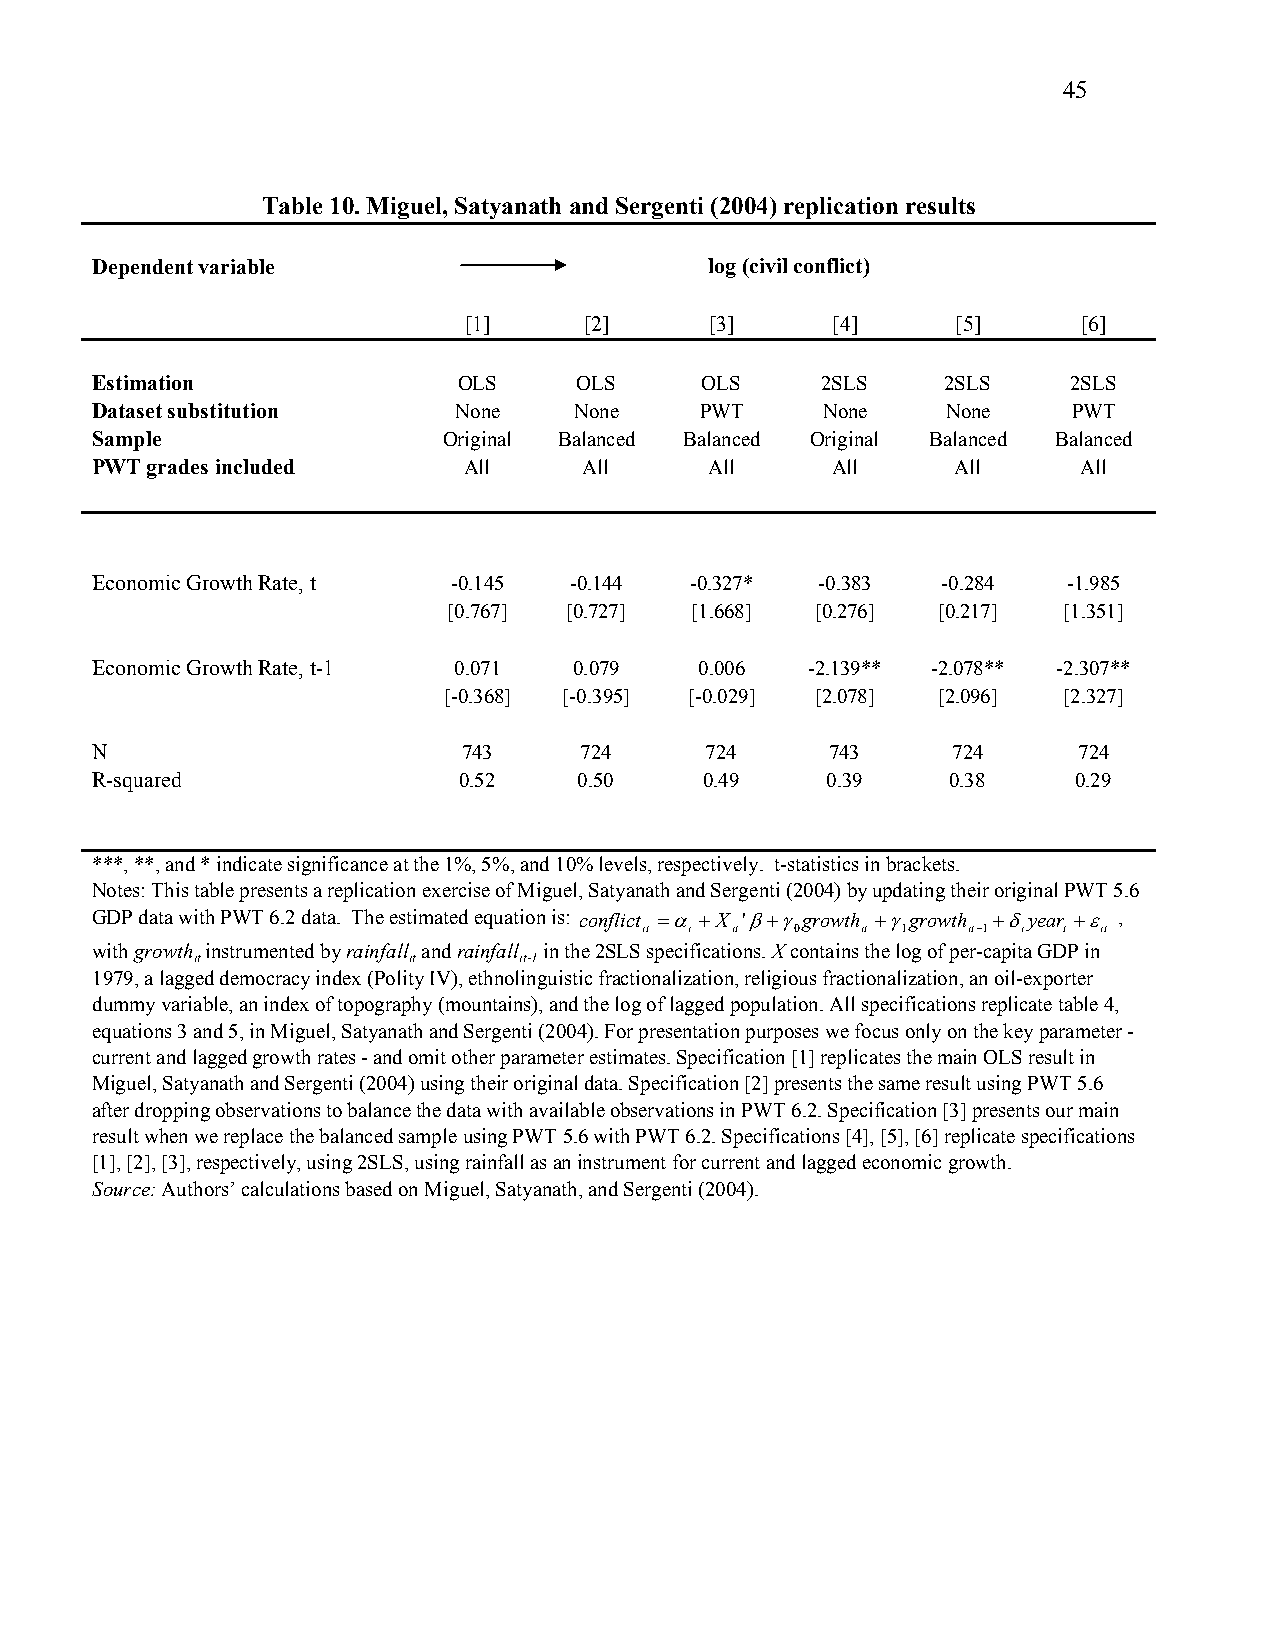
45
 Table 10. Miguel, Satyanath and Sergenti (2004) replication results
 Dependent variable                       log (civil conflict)
 [1]     [2]     [3]     [4]     [5]      [6]
 Estimation              OLS     OLS     OLS     2SLS     2SLS    2SLS
 Dataset substitution    None    None    PWT     None     None    PWT
 Sample                 Original Balanced Balanced Original Balanced Balanced
 PWT grades included      All     All     All     All     All      All
 Economic Growth Rate, t -0.145  -0.144  -0.327* -0.383  -0.284   -1.985
 [0.767] [0.727] [1.668] [0.276] [0.217] [1.351]
 Economic Growth Rate, t-1 0.071 0.079   0.006  -2.139** -2.078** -2.307**
 [-0.368] [-0.395] [-0.029] [2.078] [2.096] [2.327]
 N                        743    724      724     743     724     724
 R-squared               0.52    0.50     0.49    0.39    0.38    0.29
 ***, **, and * indicate significance at the 1%, 5%, and 10% levels, respectively. t-statistics in brackets.
 Notes: This table presents a replication exercise of Miguel, Satyanath and Sergenti (2004) by updating their original PWT 5.6
 GDP data with PWT 6.2 data. The estimated equation is: conflict  X ' growth growth year  ,
 it i it   0   it 1   it1 i t it
 with growth instrumented by rainfall and rainfall in the 2SLS specifications. X contains the log of per-capita GDP in
 it            it     it-1
 1979, a lagged democracy index (Polity IV), ethnolinguistic fractionalization, religious fractionalization, an oil-exporter
 dummy variable, an index of topography (mountains), and the log of lagged population. All specifications replicate table 4,
 equations 3 and 5, in Miguel, Satyanath and Sergenti (2004). For presentation purposes we focus only on the key parameter -
 current and lagged growth rates - and omit other parameter estimates. Specification [1] replicates the main OLS result in
 Miguel, Satyanath and Sergenti (2004) using their original data. Specification [2] presents the same result using PWT 5.6
 after dropping observations to balance the data with available observations in PWT 6.2. Specification [3] presents our main
 result when we replace the balanced sample using PWT 5.6 with PWT 6.2. Specifications [4], [5], [6] replicate specifications
 [1], [2], [3], respectively, using 2SLS, using rainfall as an instrument for current and lagged economic growth.
 Source: Authors’ calculations based on Miguel, Satyanath, and Sergenti (2004).